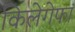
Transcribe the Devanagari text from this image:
किलेगेफां